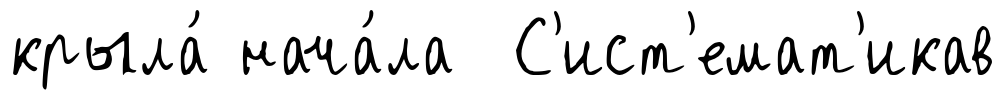
крыла́ нача́ла С'ист'емат'икав